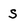
Character: S